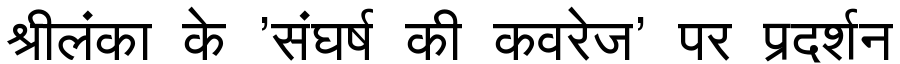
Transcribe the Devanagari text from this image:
श्रीलंका के 'संघर्ष की कवरेज' पर प्रदर्शन